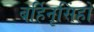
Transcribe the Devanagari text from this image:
बर्हिनृसिंहो